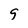
Character: 9